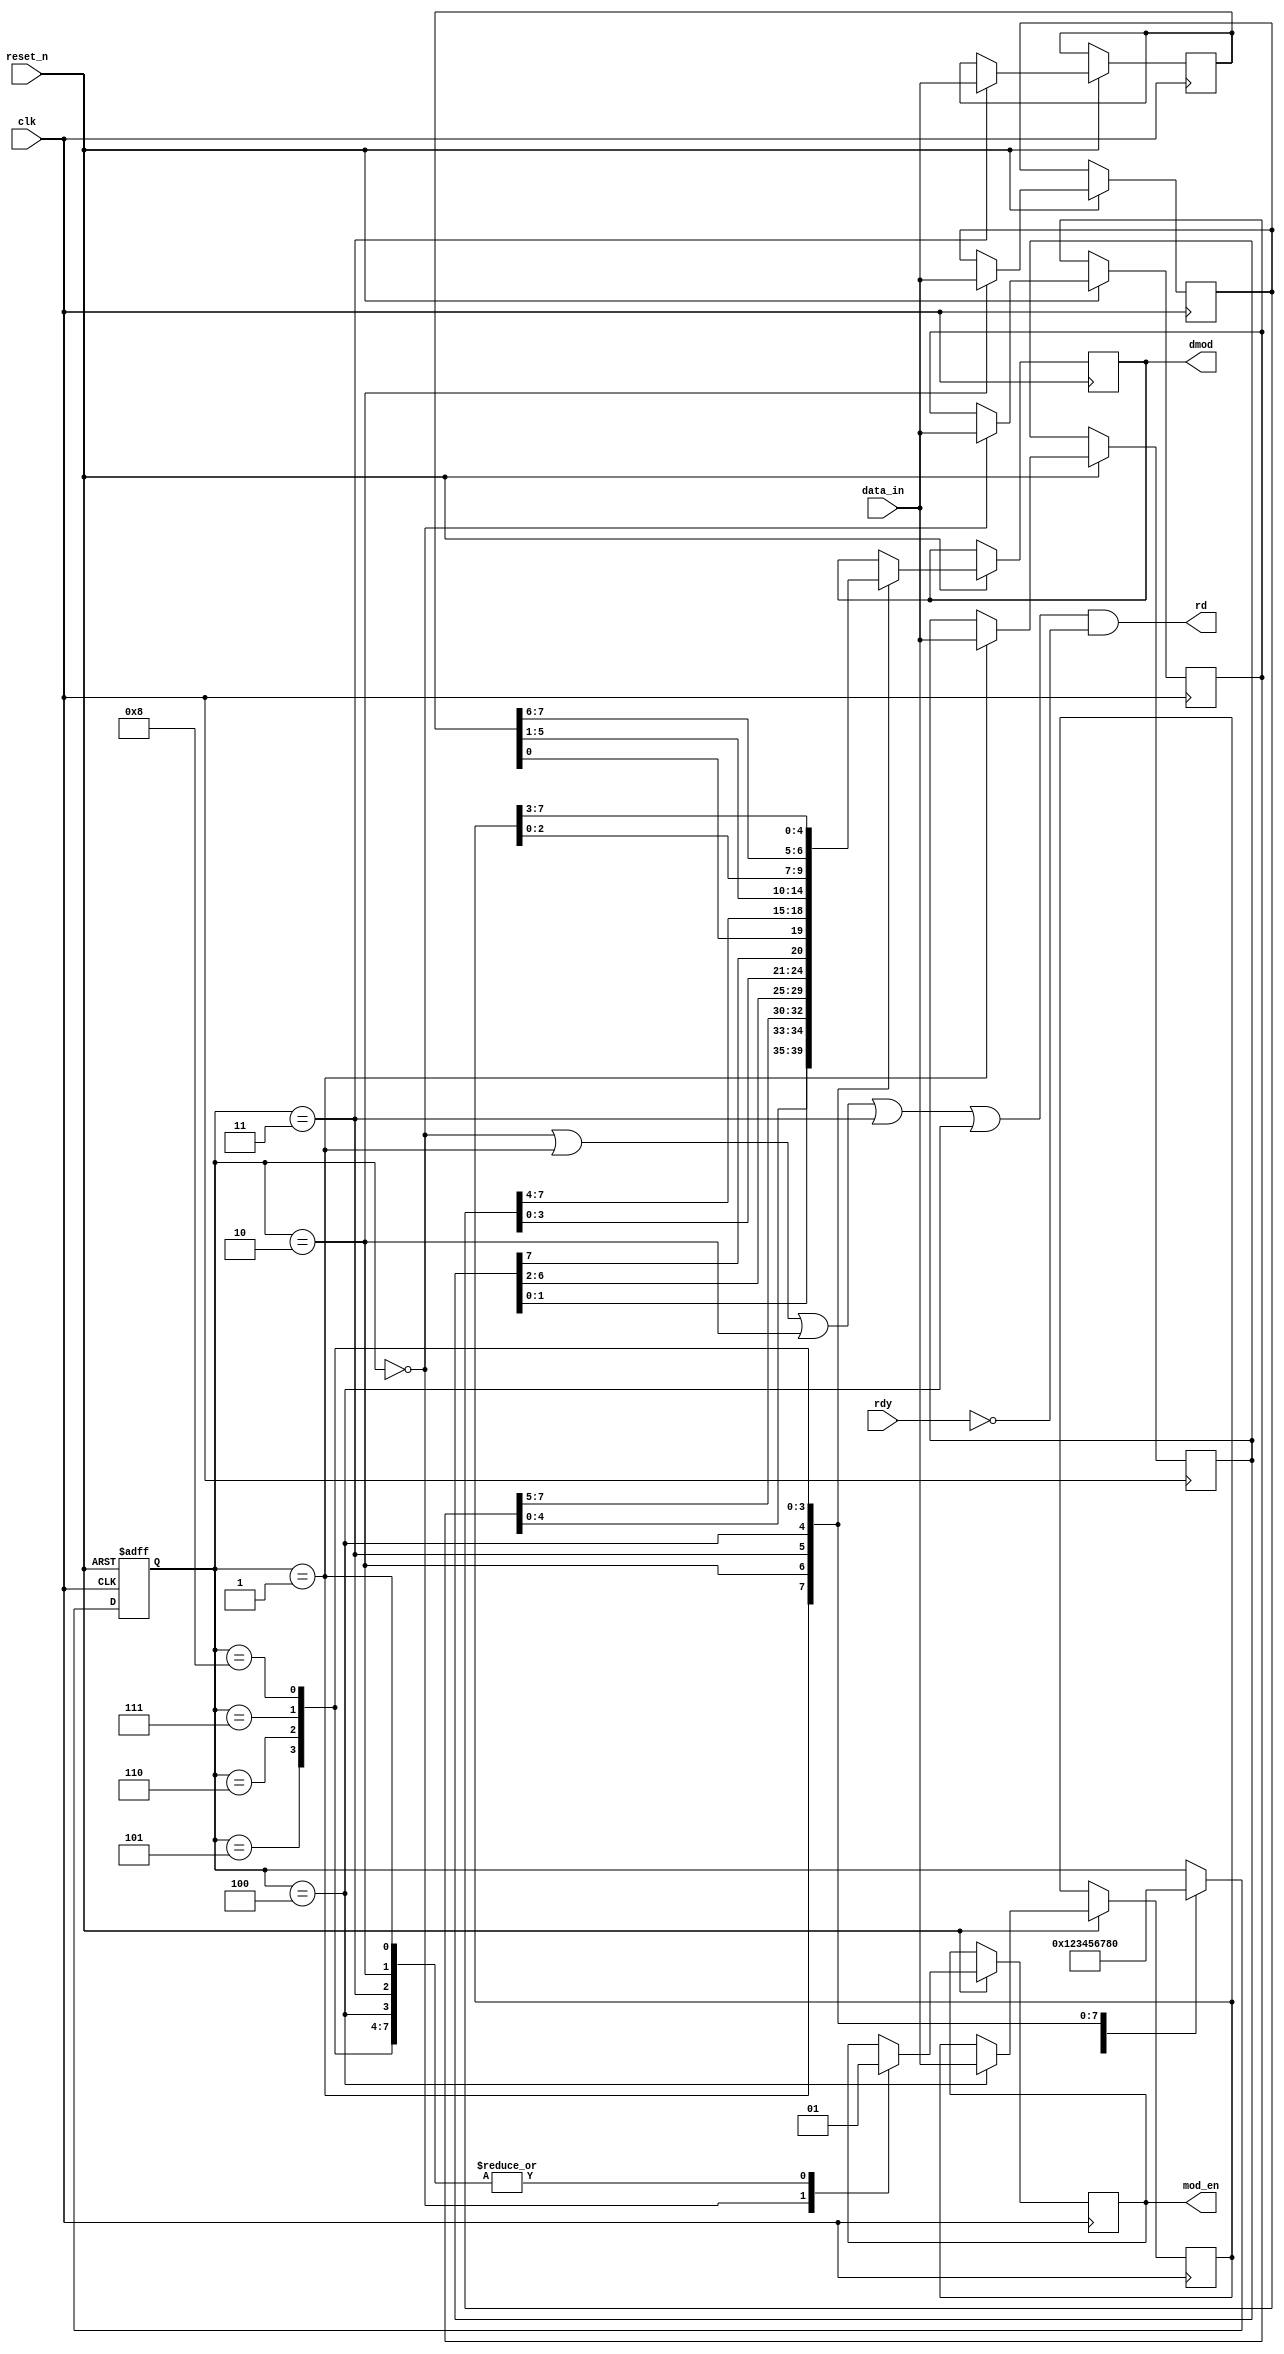
module data_mod(
    input             clk,
    input             reset_n,
    input      [7:0]  data_in,
    input             rdy,
    output            rd,
    output reg        mod_en,
    output reg [4:0]  dmod
    );
//reg/wire define
  reg [7:0] databuf[0:4];    //5 bytes deep data buffer    
  wire      din_flag;        //1:data input allowed   0:is busy,data input paused
//FSM define  
  parameter IDLE=4'b0000,s1=4'b0001,s2=4'b0010,s3=4'b0011,s4=4'b0100;
  parameter s5=4'b0101,s6=4'b0110,s7=4'b0111,s8=4'b1000;
  reg [3:0] state;

//FSM
always @(posedge clk or negedge reset_n) begin
    if (!reset_n) begin
        state <= IDLE;
    end
    else begin
        case (state)   //synopsys full_case
            IDLE : begin  //only data in
                databuf[0] <= data_in;
                mod_en <= 1'b0;
                state <= s1;
            end
            s1 : begin   //data in and out
                dmod <= databuf[0][4:0];
                mod_en <= 1'b1;
                databuf[1] <= data_in;
                state <= s2;
            end
            s2 : begin    //data in and out
                dmod <= {databuf[1][1:0],databuf[0][7:5]};
                mod_en <= 1'b1;
                databuf[2] <= data_in;
                state <= s3;
            end
            s3 : begin    //data in and out
                dmod <= databuf[1][6:2];
                mod_en <= 1'b1;
                databuf[3] <= data_in;
                state <= s4;
            end
            s4 : begin    //data in and out
                dmod <= {databuf[2][3:0],databuf[1][7]};
                mod_en <= 1'b1;
                databuf[4] <= data_in;
                state <= s5;
            end
            s5 : begin    //only data out
                dmod <= {databuf[3][0],databuf[2][7:4]};
                mod_en <= 1'b1;
                state <= s6;
            end
            s6 : begin    //only data out
                dmod <= databuf[3][5:1];
                mod_en <= 1'b1;
                state <= s7;
            end
            s7 : begin    //only data out
                dmod <= {databuf[4][2:0] , databuf[3][7:6]};
                mod_en <= 1'b1;
                state <= s8;
            end
            s8 : begin    //only data out
                dmod <= databuf[4][7:3];
                mod_en <= 1'b1;
                state <= IDLE;
            end
        endcase
    end
end
// rd
assign din_flag = (state==IDLE)||(state==s1)||(state==s2)||(state==s3)||(state==s4);
assign rd = din_flag & !rdy;

endmodule